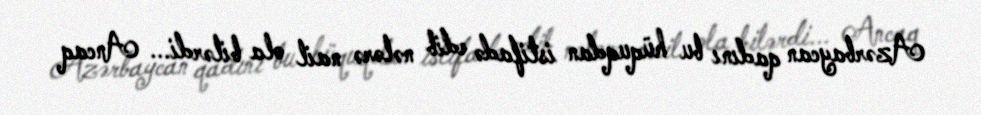
Azərbaycan qadını bu hüquqdan istifadə edib nələrə nail ola bilərdi... Ancaq